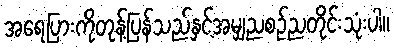
အရေပြားကိုတုန့်ပြန်သည်နှင့်အမျှညစဉ်ညတိုင်းသုံးပါ။